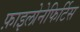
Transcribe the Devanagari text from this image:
फ़ाइलोनेफिर्टिस